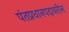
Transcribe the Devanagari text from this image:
पंतप्रधानपदावरील